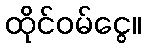
ထိုင်ဝမ်ငွေ။